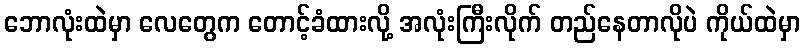
ဘောလုံးထဲမှာ လေတွေက တောင့်ခံထားလို့ အလုံးကြီးလိုက် တည်နေတာလိုပဲ ကိုယ်ထဲမှာ